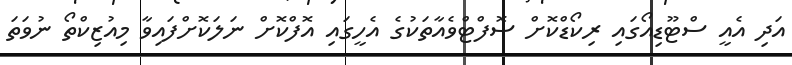
އަދި އެއީ ސްޓޫޑިއޯގައި ރިކޯޑްކޮށް ސޮފްޓްވެއާތަކުގެ އެހީގައި އޮފްކޮށް ނަލަކޮށްފައިވާ މިއުޒިކްތޯ ނުވަތަ